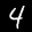
Digit: 4